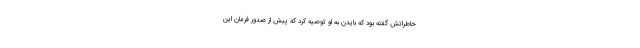
خاطراتش گفته بود که بایدن به او توصیه کرد که پیش از صدور فرمان این